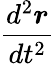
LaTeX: \frac{d^{2}{\boldsymbol{r}}}{dt^{2}}